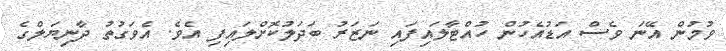
ވުމުން އޭނަ ވެސް އަޑުއެހުން ހުއްޓާލައިފައި ނަޒަރު ބަދަލުކޮށްލައިފި އެވެ. އެވަގުތު ދާނިޔަލްގެ